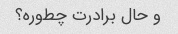
و حال برادرت چطوره؟